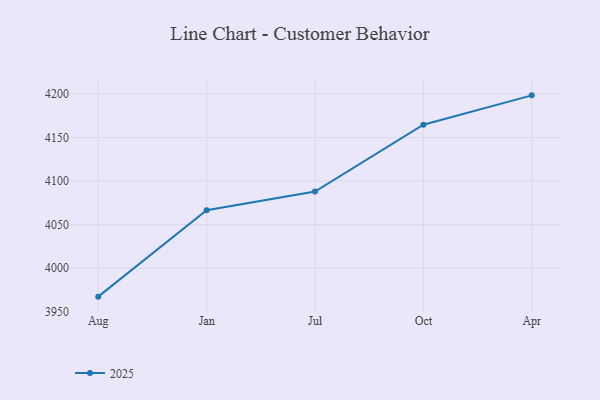
{"axis": {"x": "Month", "y": "Inventory Turnover"}, "legend": ["2025"], "data": [{"x": "Aug", "y": 3967.5, "type": "2025"}, {"x": "Jan", "y": 4066.5, "type": "2025"}, {"x": "Jul", "y": 4087.9, "type": "2025"}, {"x": "Oct", "y": 4164.5, "type": "2025"}, {"x": "Apr", "y": 4198.2, "type": "2025"}]}